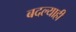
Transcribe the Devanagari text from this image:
बदल्याही